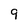
Character: 9